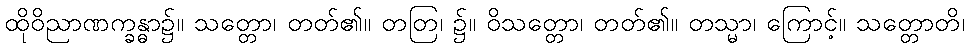
ထိုဝိညာဏက္ခန္ဓာ၌။ သတ္တော၊ တတ်၏။ တတြ၊ ၌။ ဝိသတ္တော၊ တတ်၏။ တသ္မာ၊ ကြောင့်။ သတ္တောတိ၊